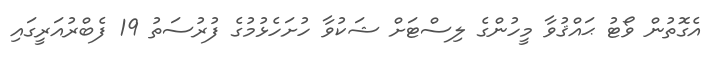
އެގޮތުން ވޯޓު ޙައްޤުވާ މީހުންގެ ލިސްޓަށް ޝަކުވާ ހުށަހެޅުމުގެ ފުރުސަތު 19 ފެބްރުއަރީގައި